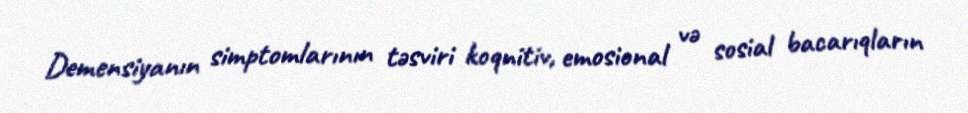
Demensiyanın simptomlarının təsviri koqnitiv, emosional və sosial bacarıqların